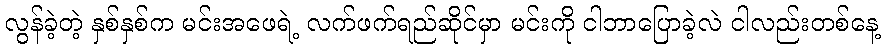
လွန်ခဲ့တဲ့ နှစ်နှစ်က မင်းအဖေရဲ့ လက်ဖက်ရည်ဆိုင်မှာ မင်းကို ငါဘာပြောခဲ့လဲ ငါလည်းတစ်နေ့